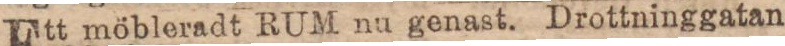
Ett möbleradt RUM nu genast. Drottninggatan